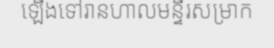
ឡើងទៅរានហាលមន្ទីរសម្រាក